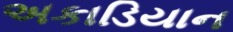
અકાડિયાન